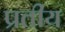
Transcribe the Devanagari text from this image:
प्रतीय